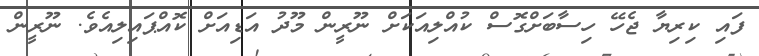
ފައި ކިރިޔާ ޖެހޭ ހިސާބަށްގޮސް ކުއްލިއަކަށް ނޫރީން މޫދު އަޑިއަށް ކޮއްޕައިލިއެވެ. ނޫރީން